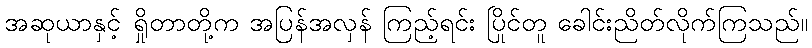
အဆုယာနှင့် ရှိုတာတို့က အပြန်အလှန် ကြည့်ရင်း ပြိုင်တူ ခေါင်းညိတ်လိုက်ကြသည်။